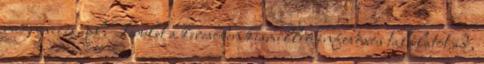
megnevezés, pl. Terület a keresőben kismillió infoboxos találatot ad,